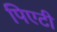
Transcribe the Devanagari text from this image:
पिएटी